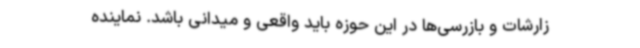
زارشات و بازرسی‌ها در این حوزه باید واقعی و میدانی باشد. نماینده